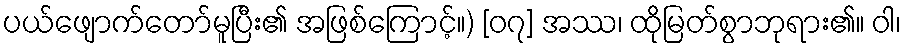
ပယ်ဖျောက်တော်မူပြီး၏ အဖြစ်ကြောင့်။) [၀၇] အဿ၊ ထိုမြတ်စွာဘုရား၏။ ဝါ၊